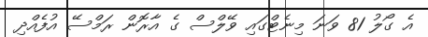
އެ ގޯލު 81 ވަނަ މިނެޓްގައި ވޭލްސް ގެ އާރޮން ރަމްސޭ އުފެއްދި